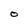
Character: O